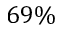
6 9 \%